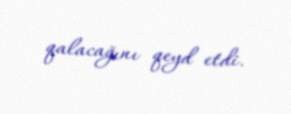
qalacağını qeyd etdi.